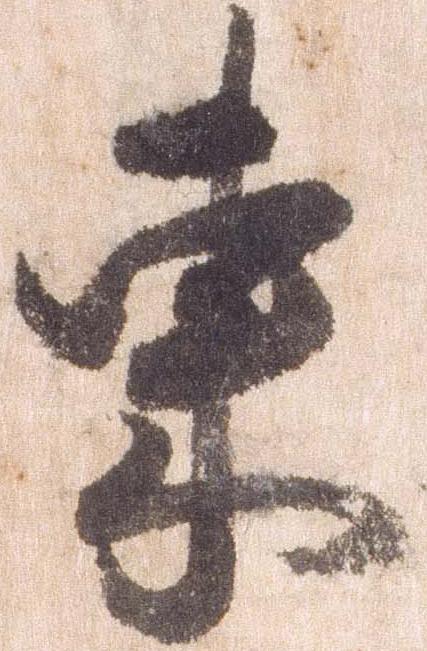
東